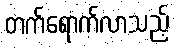
တက်ရောက်လာသည့်